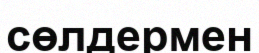
сөлдермен